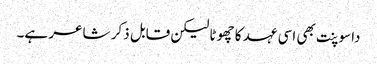
داسوپنت بھی اسی عہد کا چھوٹا لیکن قابل ذکر شاعر ہے۔